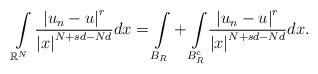
\begin{align*}\int\limits_{\mathbb{R}^{N}}\frac{\left\vert u_{n}-u\right\vert ^{r}}{\left\vert x\right\vert^{N+sd-Nd}}dx={\displaystyle\int\limits_{B_{R}}}+{\displaystyle\int\limits_{B_{R}^{c}}}\frac{\left\vert u_{n}-u\right\vert ^{r}}{\left\vert x\right\vert ^{N+sd-Nd}}dx.\end{align*}